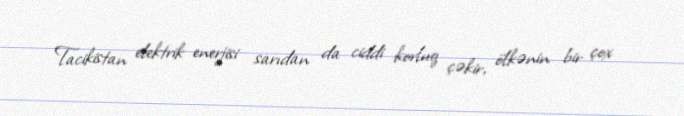
Tacikistan elektrik enerjisi sarıdan da ciddi korluq çəkir, ölkənin bir çox